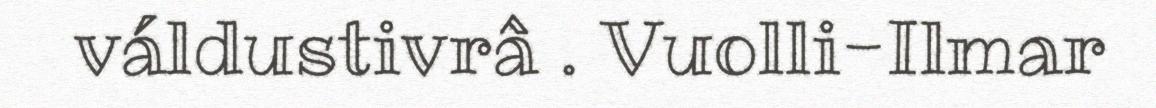
váldustivrâ . Vuolli-Ilmar